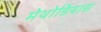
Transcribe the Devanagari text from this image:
मेथोडियास